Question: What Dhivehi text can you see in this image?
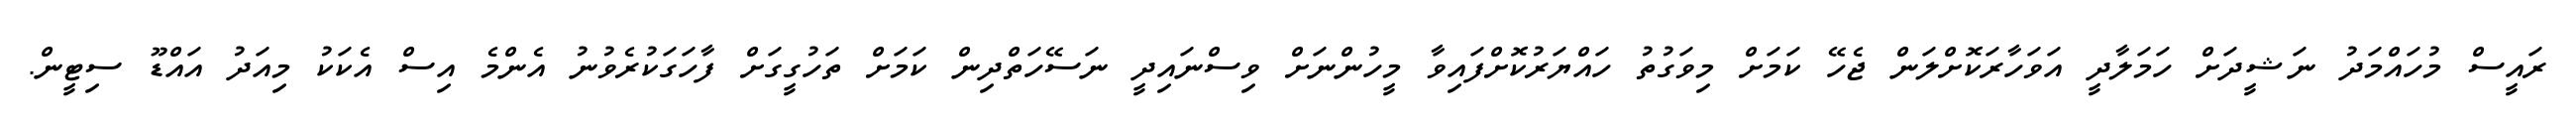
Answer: ރައީސް މުހައްމަދު ނަޝީދަށް ހަމަލާދީ އަވަހާރަކޮށްލަން ޖެހޭ ކަމަށް މިވަގުތު ހައްޔަރުކޮށްފައިވާ މީހުންނަށް ވިސްނައިދީ ނަސޭހަތްދިން ކަމަށް ތަހުގީގަށް ފާހަގަކުރެވުނު އެންމެ އިސް އެކަކު މިއަދު އައްޑޫ ސިޓީން.